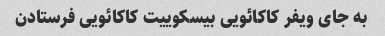
به جای ویفر کاکائویی بیسکوییت کاکائویی فرستادن